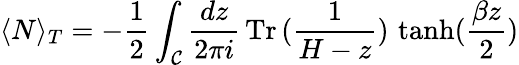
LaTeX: \langle N\rangle_{T}=-\frac{1}{2}\int_{\mathcal{C}}\frac{dz}{2\pi i}\, \textrm{Tr}\, (\frac{1}{H-z})\, \operatorname{tanh}(\frac{\beta z}{2})